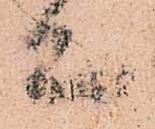
亦